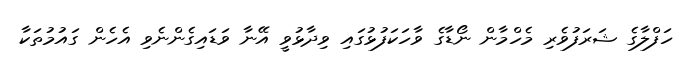
ހަފްލާގެ ޝަރަފުވެރި މެހްމާން ނޯޑާގެ ވާހަކަފުޅުގައި ވިދާޅުވީ އޭނާ ވަޑައިގެންނެވި އެހެން ގައުމުތަކާ